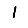
Digit: 1